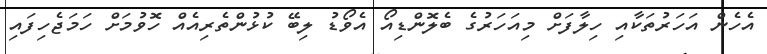
އެހެން އަހަރުތަކާއި ހިލާފަށް މިއަހަރުގެ ބެލޮންޑިއޯ އެވޯޑު ލިބޭ ކުޅުންތެރިއެއް ހޮވުމަށް ހަމަޖެހިފައި